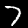
Digit: 7